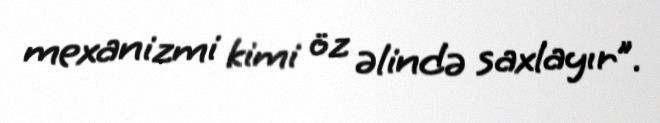
mexanizmi kimi öz əlində saxlayır”.